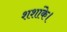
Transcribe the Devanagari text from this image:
शशांके।